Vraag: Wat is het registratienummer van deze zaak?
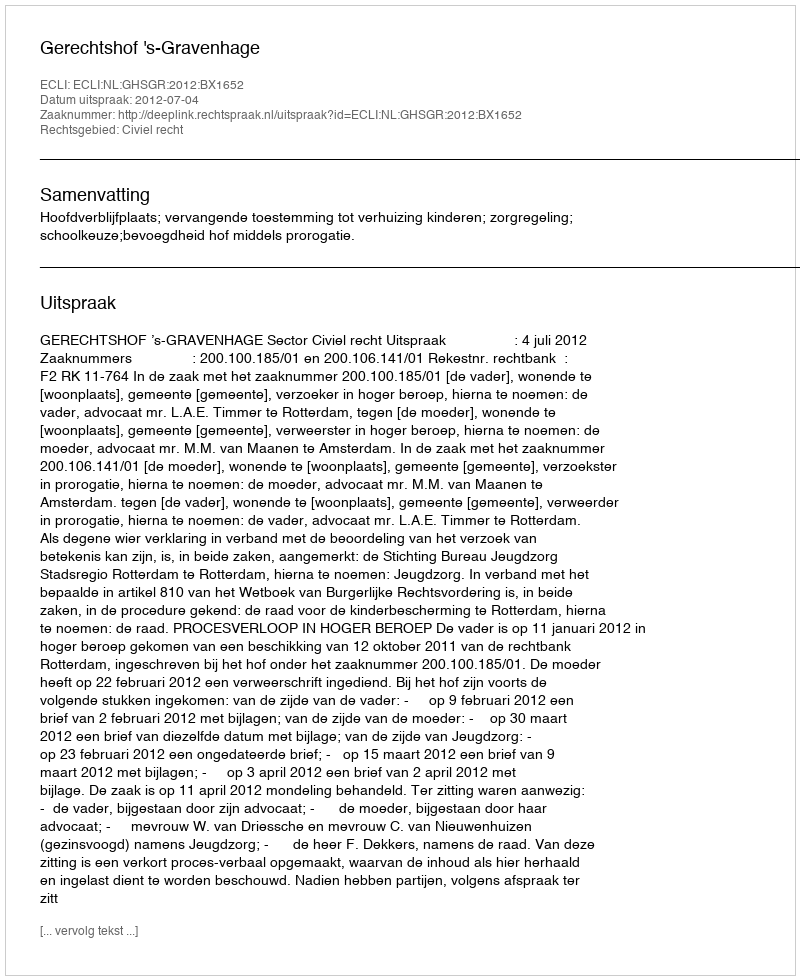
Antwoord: http://deeplink.rechtspraak.nl/uitspraak?id=ECLI:NL:GHSGR:2012:BX1652